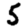
Digit: 5